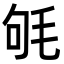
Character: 㲒